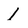
Character: 1